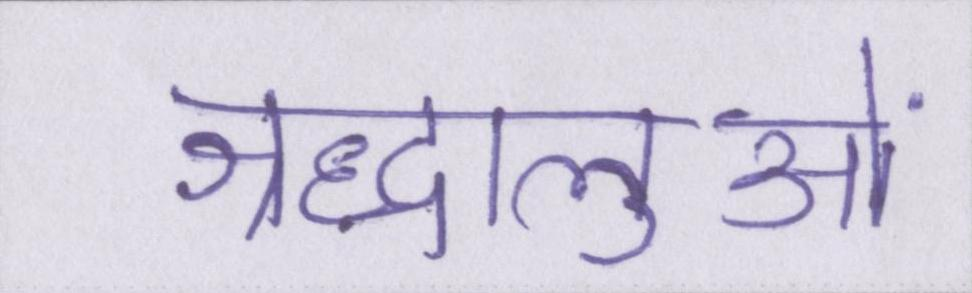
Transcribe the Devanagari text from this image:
श्रद्धालुओं